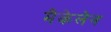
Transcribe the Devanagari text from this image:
मैकेलेन